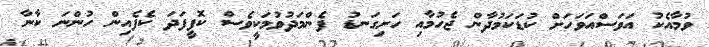
ވުމާއެކު އަވަސްއަވަހަށް ކުޑަކަމުދާން ޖެހުމާއި ހަށިގަނޑު ފެންމަދުވުމަކީވެސް ކޮފީފަދަ ކެފެއިން ހުންނަ ކާނާ